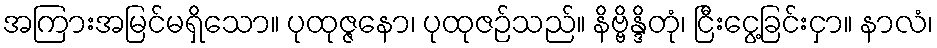
အကြားအမြင်မရှိသော။ ပုထုဇ္ဇနော၊ ပုထုဇဉ်သည်။ နိဗ္ဗိန္ဒိတုံ၊ ငြီးငွေ့ခြင်းငှာ။ နာလံ၊